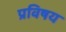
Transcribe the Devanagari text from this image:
प्रविषय